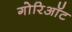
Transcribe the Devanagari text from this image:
गोरिऑट